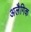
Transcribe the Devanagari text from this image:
अलैगिक